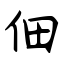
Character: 佃